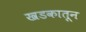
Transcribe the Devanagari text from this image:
खडकातून